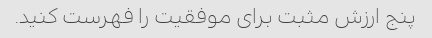
پنج ارزش مثبت برای موفقیت را فهرست کنید.